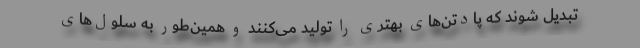
تبدیل شوند که پادتن‌های بهتری را تولید می‌کنند و همین‌طور به سلول‌های